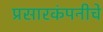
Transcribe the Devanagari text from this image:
प्रसारकंपनीचे